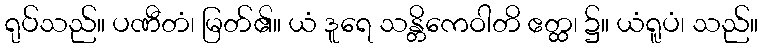
ရုပ်သည်။ ပဏီတံ၊ မြတ်၏။ ယံ ဒူရေ သန္တိကေဝါတိ ဧတ္ထ၊ ၌။ ယံရူပံ၊ သည်။